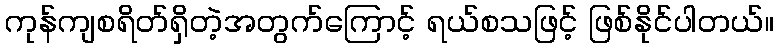
ကုန်ကျစရိတ်ရှိတဲ့အတွက်ကြောင့် ရယ်စသဖြင့် ဖြစ်နိုင်ပါတယ်။